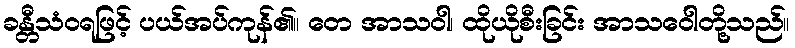
ခန္တီသံဝရဖြင့် ပယ်အပ်ကုန်၏။ တေ အာသဝါ၊ ထိုယိုစီးခြင်း အာသဝေါတို့သည်။